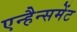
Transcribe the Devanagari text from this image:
एन्हैन्समेंट